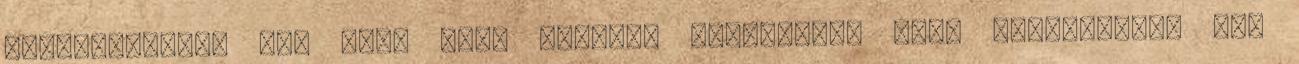
Természetesen nem volt XXI. századi értelemben vett demokrácia, már